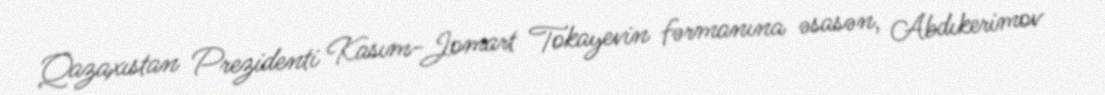
Qazaxıstan Prezidenti Kasım-Jomart Tokayevin fərmanına əsasən, Abdıkerimov